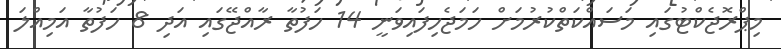
މިޕްރޮޖެކްޓުގައި މަސައްކަތްކުރުމަށް ހަމަޖެހިފައިވަނީ 14 ހަފުތާ ރާއްޖޭގައި އަދި 8 ހަފުތާ އަމިއްލަ